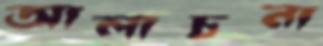
আলাচনা